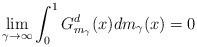
LaTeX: \begin{align*}\lim_{\gamma \to \infty}\int_{0}^{1}G^{d}_{m_\gamma}(x)dm_\gamma(x) = 0 \end{align*}